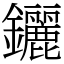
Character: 𨰣